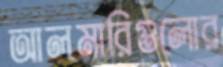
আলমারিগুলোর